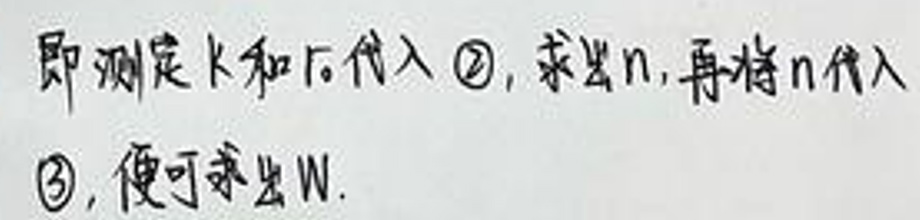
即测定\(k\)和\(h\)后代入\textcircled{2}，求出\(n\)，再将\(n\)代入\textcircled{3}，便可求出\(W\)。